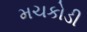
મચકોડી